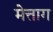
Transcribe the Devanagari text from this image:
मेत्ताग